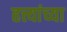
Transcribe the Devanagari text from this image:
हत्त्यांच्या